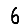
Digit: 6